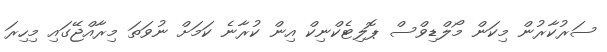
ސަރުކާރުން މިކަން މޯލްޑިވްސް ޕޮލިޓެކްނިކް އިން ކުރާނެ ކަމަށް ނުވަތަ މިރާއްޖޭގައި މިހިރަ